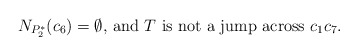
\begin{align*}\mbox{$N_{P_2^*}(c_6)=\emptyset$, and $T$ is not a jump across $c_1c_7$.}\end{align*}